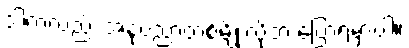
ဒါကလည်း အနုပညာတစ်မျိုးလို့ဘဲ ပြောရမှာပါ။